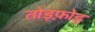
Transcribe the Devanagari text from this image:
तोड़फ़ोड़